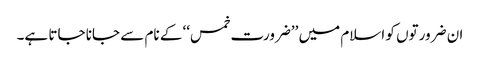
ان ضرورتوں کو اسلام میں ’’ضرورت خمس‘‘ کے نام سے جانا جاتا ہے۔